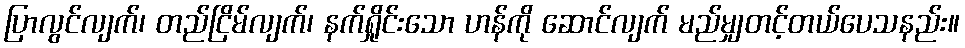
ပြာလွင်လျက်၊ တည်ငြိမ်လျက်၊ နက်ရှိုင်းသော ဟန်ကို ဆောင်လျက် မည်မျှတင့်တယ်ပေသနည်း။